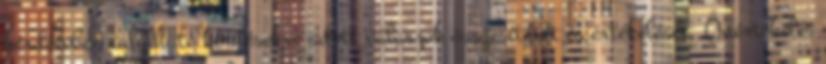
kérdőívben található kérdésekre adott válaszok összesítését és értékelését. Önértékelés